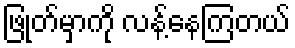
ဖြုတ်မှာကို လန့်နေကြတယ်